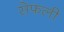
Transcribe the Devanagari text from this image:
सेफली